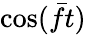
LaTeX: \cos(\bar{f}t)